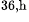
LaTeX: ^\textrm{\scriptsize 36,h}